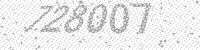
Solution: 728007